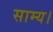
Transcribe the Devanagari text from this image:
साम्य।